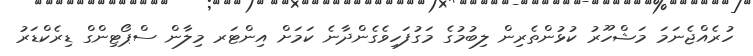
ހުރެއްޖެނަމަ މަޝްހޫރު ކުޅުންތެރިން ލިބުމުގެ މަގުފަހިވެގެންދާނެ ކަމަށް އިންޓަރ މިލާން ސްޕޯޓިންގް ޑިރެކްޑަރު